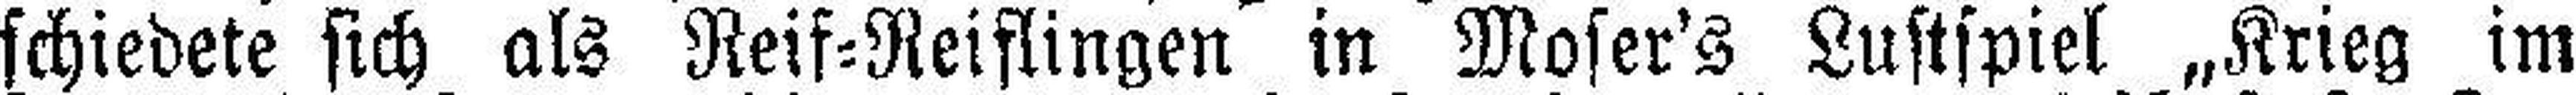
schiedete sich als Reif=Reiflingen in Moser's Lustspiel „Krieg im